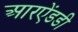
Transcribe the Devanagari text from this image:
आरऐंडडी